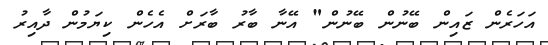
އަހަރެން ޒައިން ބޭނުން ބޭނުން" އޭނާ ބާރު ބާރަށް އެހެން ކިޔަމުން ދާއިރު